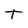
Character: T